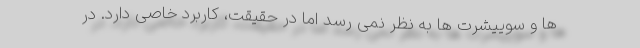
ها و سوییشرت ها به نظر نمی رسد اما در حقیقت، کاربرد خاصی دارد. در